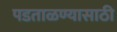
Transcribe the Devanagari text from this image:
पडताळण्यासाठी